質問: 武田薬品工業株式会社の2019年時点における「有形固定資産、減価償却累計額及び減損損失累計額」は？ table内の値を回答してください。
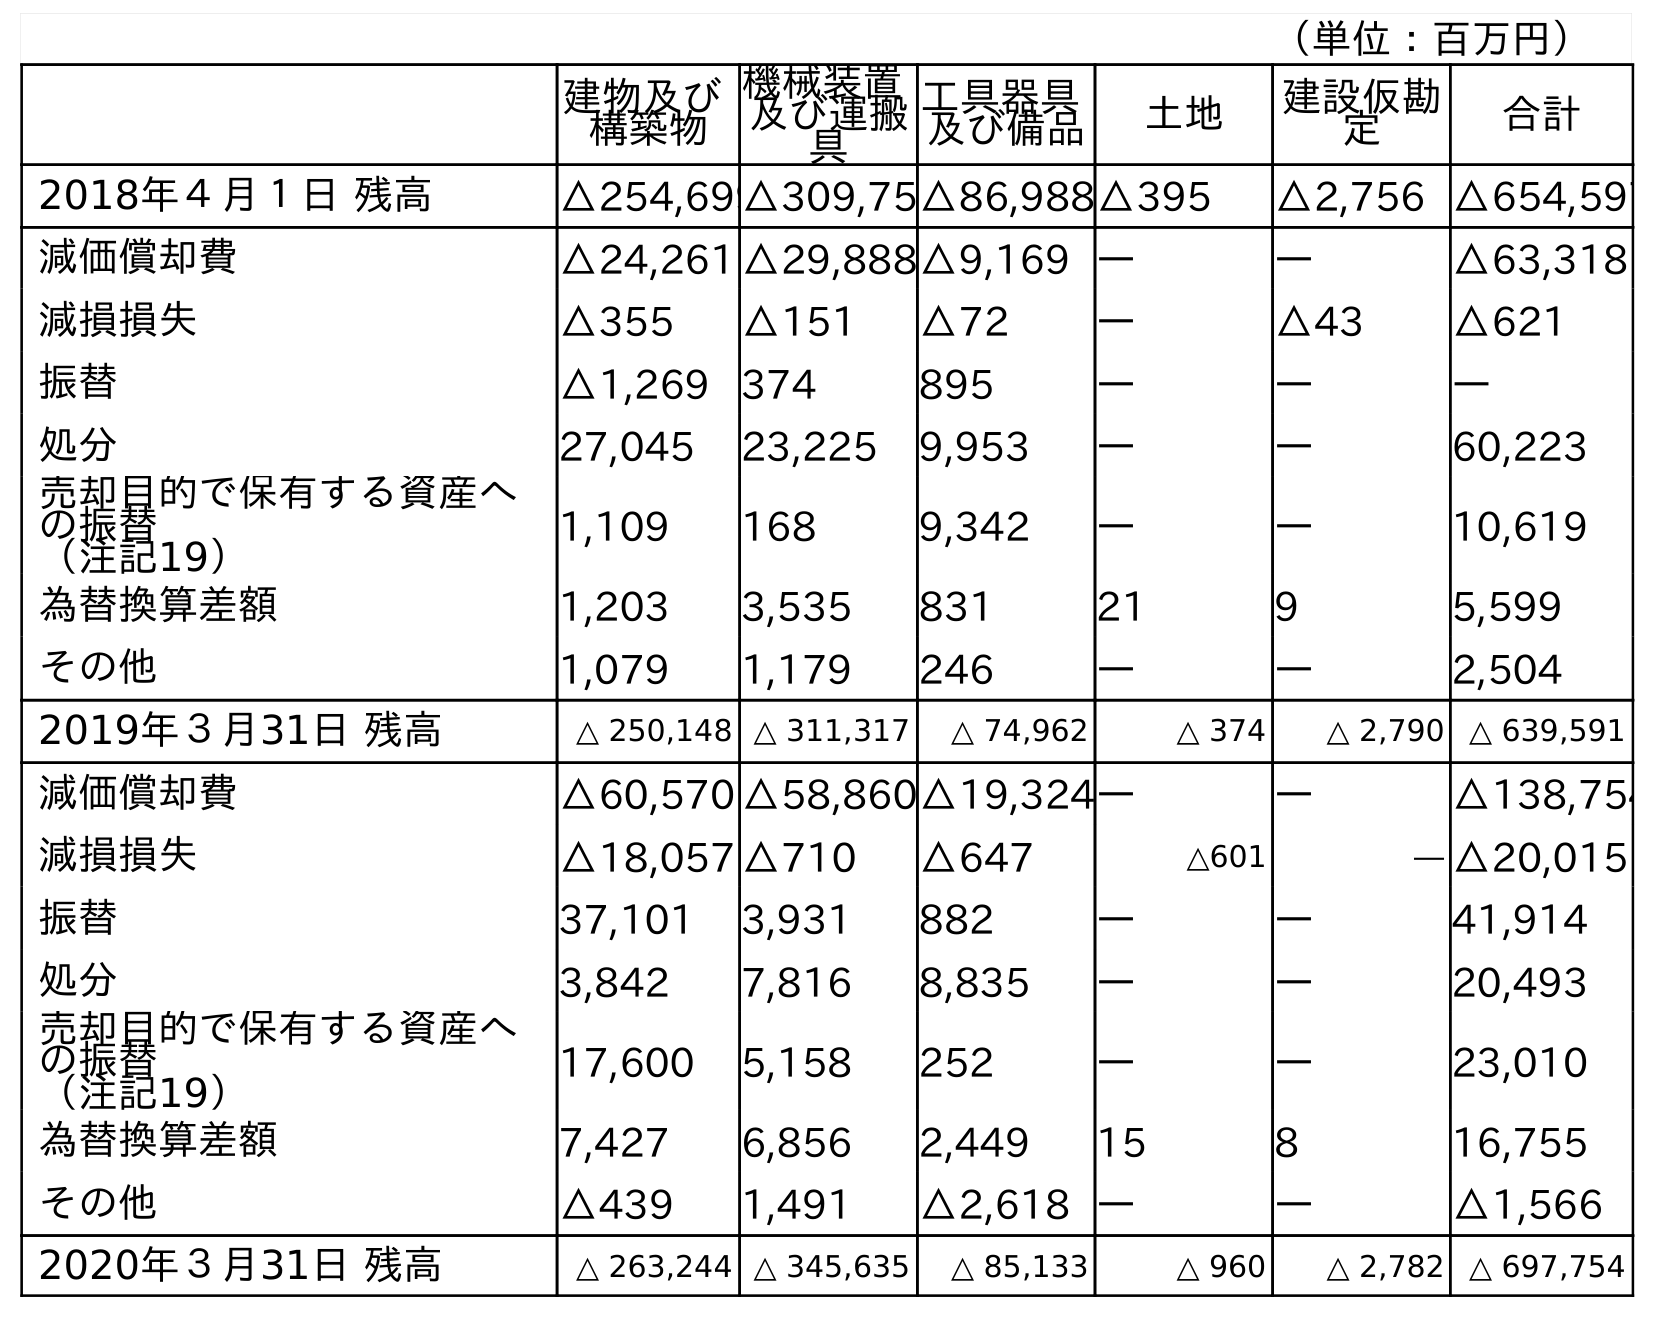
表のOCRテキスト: （単位：百万円） 建物及び 構築物 機械装置 及び運搬 具 工具器具 及び備品 土地 建設仮勘 定 合計 2018年４月１日 残高 △254,699△309,75△86,988△395 △2,756 △654,597 減価償却費 △24,261 △29,888△9,169 ― ― △63,318 減損損失 △355 △151 △72 ― △43 △621 振替 △1,269 374 895 ― ― ― 処分 27,045 23,225 9,953 ― ― 60,223 売却目的で保有する資産へ の振替 （注記19） 1,109 168 9,342 ― ― 10,619 為替換算差額 1,203 3,535 831 21 9 5,599 その他 1,079 1,179 246 ― ― 2,504 2019年３月31日 残高 △ 250,148 △ 311,317 △ 74,962 △ 374 △ 2,790 △ 639,591 減価償却費 △60,570 △58,860△19,324― ― △138,754 減損損失 △18,057 △710 △647 △601 ― △20,015 振替 37,101 3,931 882 ― ― 41,914 処分 3,842 7,816 8,835 ― ― 20,493 売却目的で保有する資産へ の振替 （注記19） 17,600 5,158 252 ― ― 23,010 為替換算差額 7,427 6,856 2,449 15 8 16,755 その他 △439 1,491 △2,618 ― ― △1,566 2020年３月31日 残高 △ 263,244 △ 345,635 △ 85,133 △ 960 △ 2,782 △ 697,754
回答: △639,591